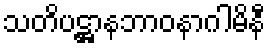
သတိပဋ္ဌာနဘာဝနာဂါမိနီ